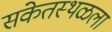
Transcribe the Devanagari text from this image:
संकेतस्थळला